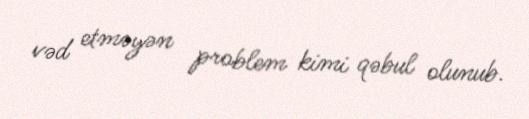
vəd etməyən problem kimi qəbul olunub.